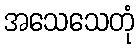
အသေသေတုံ